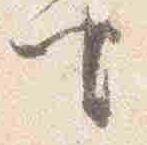
座